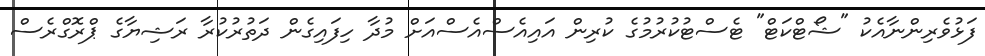
ފަޅުވެރިންނާއެކު "ޝޯޓްކަޓް" ޓެސްޓުކުރުމުގެ ކުރިން އައިއެސްއެސްއަށް މުދާ ހިފައިގެން ދަތުރުކުރާ ރަޝިޔާގެ ޕްރޮގްރެސް